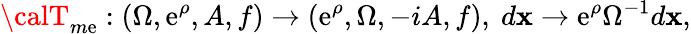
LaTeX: {\calT}_{m\mathrm{e}}:(\Omega,\mathrm{e}^{\rho},A,f)\rightarrow(\mathrm{e}^{\rho},\Omega,-iA,f),~d\mathbf{x}\rightarrow\mathrm{e}^{\rho}\Omega^{-1}d\mathbf{x},